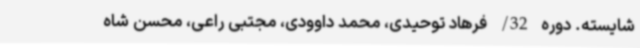
شایسته. دوره 32/ فرهاد توحیدی، محمد داوودی، مجتبی راعی، محسن شاه